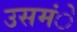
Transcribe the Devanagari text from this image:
उसमंे